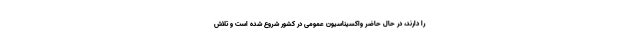
را دارند، در حال حاضر واکسیناسیون عمومی در کشور شروع شده است و تلاش